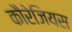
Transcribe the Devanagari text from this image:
कौरेजियस